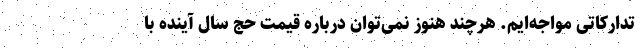
تدارکاتی مواجه‌ایم. هرچند هنوز نمی‌توان درباره قیمت حج سال آینده با